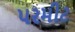
પરમીટ